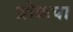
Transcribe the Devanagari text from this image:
ब्रोकपा